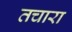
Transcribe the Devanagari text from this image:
तचारा